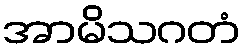
အာမိသဂတံ